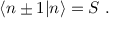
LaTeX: \langle n \pm 1 | n \rangle = S \ .